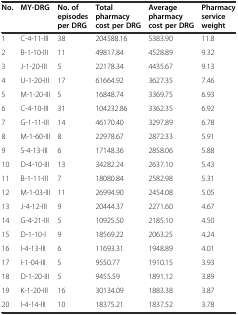
<table><thead><tr><td><b>No.</b></td><td><b>MY-DRG</b></td><td><b>No. of episodes per DRG</b></td><td><b>Total pharmacy cost per DRG</b></td><td><b>Average pharmacy cost per DRG</b></td><td><b>Pharmacy service weight</b></td></tr></thead><tbody><tr><td>1</td><td>C-4-11-III</td><td>38</td><td>204588.16</td><td>5383.90</td><td>11.8</td></tr><tr><td>2</td><td>B-1-10-III</td><td>11</td><td>49817.84</td><td>4528.89</td><td>9.32</td></tr><tr><td>3</td><td>J-1-20-III</td><td>5</td><td>22178.34</td><td>4435.67</td><td>9.13</td></tr><tr><td>4</td><td>U-1-20-III</td><td>17</td><td>61664.92</td><td>3627.35</td><td>7.46</td></tr><tr><td>5</td><td>M-1-20-III</td><td>5</td><td>16848.74</td><td>3369.75</td><td>6.93</td></tr><tr><td>6</td><td>C-4-10-III</td><td>31</td><td>104232.86</td><td>3362.35</td><td>6.92</td></tr><tr><td>7</td><td>G-1-11-III</td><td>14</td><td>46170.40</td><td>3297.89</td><td>6.78</td></tr><tr><td>8</td><td>M-1-60-III</td><td>8</td><td>22978.67</td><td>2872.33</td><td>5.91</td></tr><tr><td>9</td><td>S-4-13-III</td><td>6</td><td>17148.36</td><td>2858.06</td><td>5.88</td></tr><tr><td>10</td><td>D-4-10-III</td><td>13</td><td>34282.24</td><td>2637.10</td><td>5.43</td></tr><tr><td>11</td><td>B-1-11-III</td><td>7</td><td>18080.84</td><td>2582.98</td><td>5.31</td></tr><tr><td>12</td><td>M-1-03-III</td><td>11</td><td>26994.90</td><td>2454.08</td><td>5.05</td></tr><tr><td>13</td><td>J-4-12-III</td><td>9</td><td>20444.37</td><td>2271.60</td><td>4.67</td></tr><tr><td>14</td><td>G-4-21-III</td><td>5</td><td>10925.50</td><td>2185.10</td><td>4.50</td></tr><tr><td>15</td><td>D-1-10-I</td><td>9</td><td>18569.22</td><td>2063.25</td><td>4.24</td></tr><tr><td>16</td><td>I-4-13-III</td><td>6</td><td>11693.31</td><td>1948.89</td><td>4.01</td></tr><tr><td>17</td><td>I-1-04-III</td><td>5</td><td>9550.77</td><td>1910.15</td><td>3.93</td></tr><tr><td>18</td><td>D-1-20-III</td><td>5</td><td>9455.59</td><td>1891.12</td><td>3.89</td></tr><tr><td>19</td><td>K-1-20-III</td><td>16</td><td>30134.09</td><td>1883.38</td><td>3.87</td></tr><tr><td>20</td><td>I-4-14-III</td><td>10</td><td>18375.21</td><td>1837.52</td><td>3.78</td></tr></tbody></table>